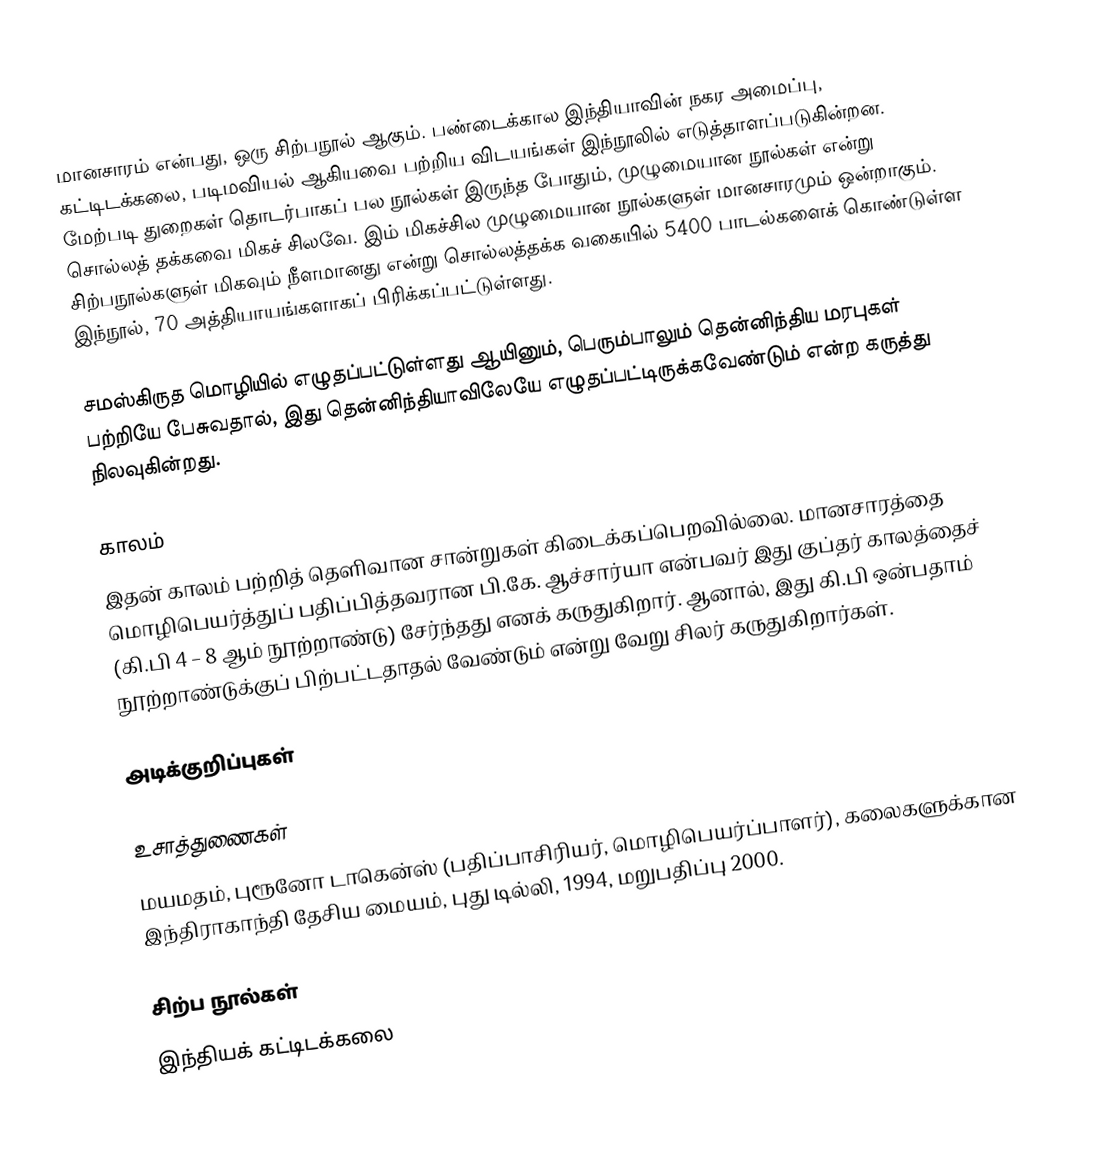
மானசாரம் என்பது, ஒரு சிற்பநூல் ஆகும். பண்டைக்கால இந்தியாவின் நகர அமைப்பு, கட்டிடக்கலை, படிமவியல் ஆகியவை பற்றிய விடயங்கள் இந்நூலில் எடுத்தாளப்படுகின்றன. மேற்படி துறைகள் தொடர்பாகப் பல நூல்கள் இருந்த போதும், முழுமையான நூல்கள் என்று சொல்லத் தக்கவை மிகச் சிலவே. இம் மிகச்சில முழுமையான நூல்களுள் மானசாரமும் ஒன்றாகும். சிற்பநூல்களுள் மிகவும் நீளமானது என்று சொல்லத்தக்க வகையில் 5400 பாடல்களைக் கொண்டுள்ள இந்நூல், 70 அத்தியாயங்களாகப் பிரிக்கப்பட்டுள்ளது.

சமஸ்கிருத மொழியில் எழுதப்பட்டுள்ளது ஆயினும், பெரும்பாலும் தென்னிந்திய மரபுகள் பற்றியே பேசுவதால், இது தென்னிந்தியாவிலேயே எழுதப்பட்டிருக்கவேண்டும் என்ற கருத்து நிலவுகின்றது.

காலம்
இதன் காலம் பற்றித் தெளிவான சான்றுகள் கிடைக்கப்பெறவில்லை. மானசாரத்தை மொழிபெயர்த்துப் பதிப்பித்தவரான பி.கே. ஆச்சார்யா என்பவர் இது குப்தர் காலத்தைச் (கி.பி 4 – 8 ஆம் நூற்றாண்டு) சேர்ந்தது எனக் கருதுகிறார். ஆனால், இது கி.பி ஒன்பதாம் நூற்றாண்டுக்குப் பிற்பட்டதாதல் வேண்டும் என்று வேறு சிலர் கருதுகிறார்கள்.

அடிக்குறிப்புகள்

உசாத்துணைகள்
 மயமதம், புரூனோ டாகென்ஸ் (பதிப்பாசிரியர், மொழிபெயர்ப்பாளர்), கலைகளுக்கான இந்திராகாந்தி தேசிய மையம், புது டில்லி, 1994, மறுபதிப்பு 2000.

சிற்ப நூல்கள்
இந்தியக் கட்டிடக்கலை